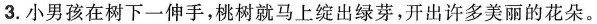
3.小男孩在树下一伸手，桃树就马上绽出绿芽，开出许多美丽的花朵。